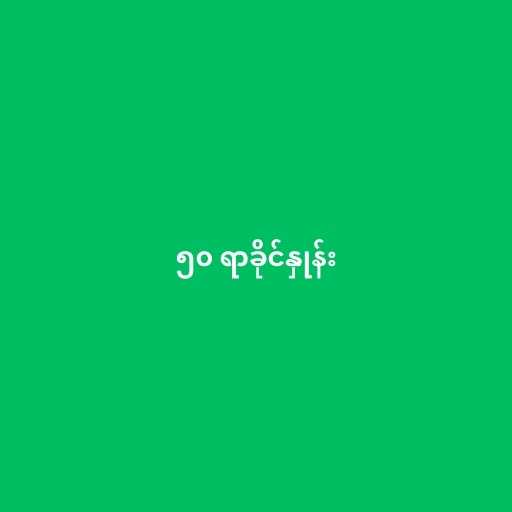
၅၀ ရာခိုင်နှုန်း